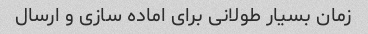
زمان بسیار طولانی برای اماده سازی و ارسال